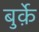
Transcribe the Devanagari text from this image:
बुर्क़े